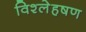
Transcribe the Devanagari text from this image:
विश्लेहषण